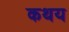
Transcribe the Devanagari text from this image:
कथय